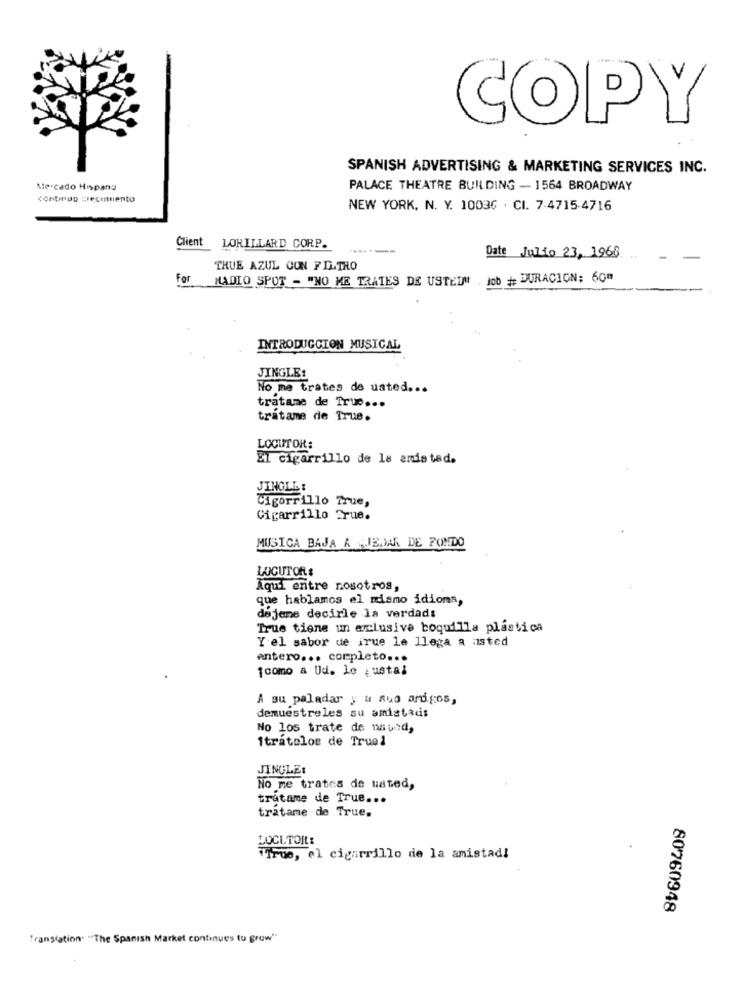
COPY
SPANISH ADVERTISING & MARKETING SERVICES INC.
Mercado Hispang
PALACE THEATRE BUILDING - 1564 BROADWAY
continuo "recentiento
NEW YORK, N. Y. 10036 . CI. 7.4715-4716
Client LORILLARD CORP.
Date Julio 23, 1968
THUE AZUL CON FILTRO
For
NADIO SPUT - "NO ME TRATES DE USTED" . Job # DURACION: 60"
INTRODUCCION MUSICAL
JINGLE:
No me trates de usted ...
tratame de True ...
tratame de True.
LOCUTOR:
EL cigarrillo de la amistad.
JINGLE:
Cigarrillo True,
Cigarrillo Srue.
MUSICA BAJA A JEJAR DE FONDO
LUGUTOR :
Aqui entre nosotros,
que hablamos el mismo idions,
dejeme decirle la verdad:
True tiene un exclusive boquilla plastica
Y el sabor de irue le llega a usted
entero ... completo ...
fcomo a Ud. le justal
A su paladar y a sua ardgos,
demuestreles su amistad:
No los trate de naved,
Itratolos de Truel
JINGLE:
No me trates de usted,
tratame de True ...
tratame de True,
LOCL TOIL:
"True, el cigarrillo de la amistadi
80760948
translation "The Spanish Market continues to grow"